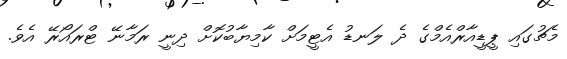
މެޗުގައި ޕީޑީއާރްއެމްގެ ދެ ލަނޑު އެޓީމަށް ކާމިޔާބުކޮށް ދިނީ ރަމާނޭ ޓްރައޯރޭ އެވެ.